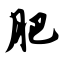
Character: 肥